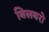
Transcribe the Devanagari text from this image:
बिलबरो